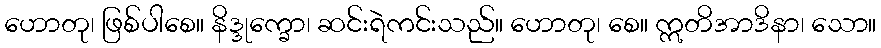
ဟောတု၊ ဖြစ်ပါစေ။ နိဒ္ဒုက္ခော၊ ဆင်းရဲကင်းသည်။ ဟောတု၊ စေ။ ဣတိအာဒိနာ၊ သော။